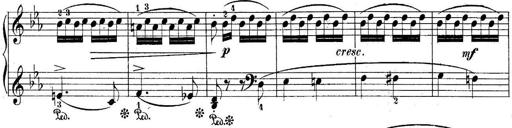
Title: 10 Sonatines progressives
Composer: Anton Schmoll